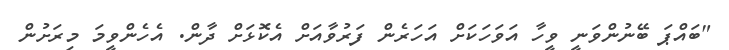
"ބައްޕަ ބޭނުންވަނީ ވީހާ އަވަހަކަށް އަހަރެން ފަރުވާއަށް އެކޮޅަށް ދާން. އެހެންވީމަ މިރަށުން